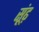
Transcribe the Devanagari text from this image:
सूंढ़